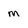
Character: m